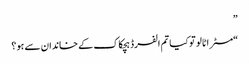
”
“مسٹر اٹالو تو کیا تم الفرڈ ہچکاک کے خاندان سے ہو؟